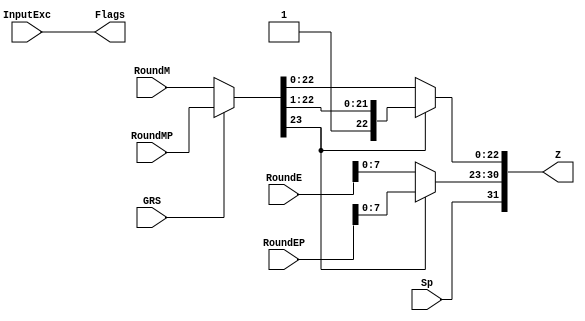
`timescale 1ns / 1ps

//////////////////////////////////////////////////////////////////////////////////
//
// Module Name:    FPMult_RoundModule 
// Project Name: 	 Floating Point Project
//
//////////////////////////////////////////////////////////////////////////////////

module FPMult_RoundModule(
		RoundM,
		RoundMP,
		RoundE,
		RoundEP,
		Sp,
		GRS,
		InputExc,
		Z,
		Flags
    );

	// Input Ports
	input [23:0] RoundM ;									// Normalized mantissa
	input [23:0] RoundMP ;									// Normalized exponent
	input [8:0] RoundE ;									// Normalized mantissa + 1
	input [8:0] RoundEP ;									// Normalized exponent + 1
	input Sp ;												// Product sign
	input GRS ;
	input [4:0] InputExc ;
	
	// Output Ports
	output [31:0] Z ;										// Final product
	output [4:0] Flags ;
	
	// Internal Signals
	wire [8:0] FinalE ;									// Rounded exponent
	wire [23:0] FinalM;
	wire [23:0] PreShiftM;
	
	assign PreShiftM = GRS ? RoundMP : RoundM ;	// Round up if R and (G or S)
	
	// Post rounding normalization (potential one bit shift> use shifted mantissa if there is overflow)
	assign FinalM = (PreShiftM[23] ? {1'b0, PreShiftM[23:1]} : PreShiftM[23:0]) ;
	
	assign FinalE = (PreShiftM[23] ? RoundEP : RoundE) ; // Increment exponent if a shift was done
	
	assign Z = {Sp, FinalE[7:0], FinalM[22:0]} ;   // Putting the pieces together
	assign Flags = InputExc[4:0];

endmodule